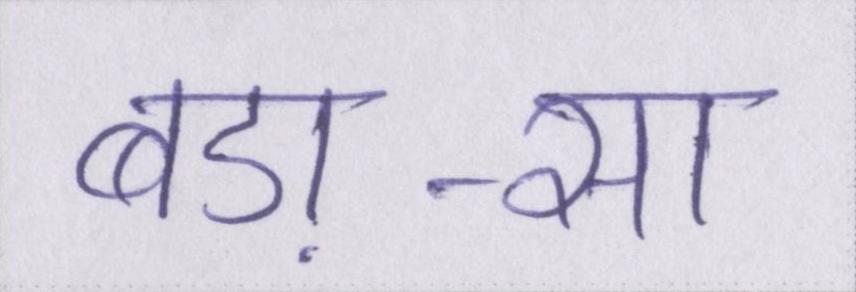
बड़ा-सा